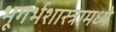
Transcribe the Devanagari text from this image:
भूगर्भशास्त्रामध्ये